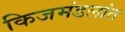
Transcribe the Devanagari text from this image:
किजमंडलांत